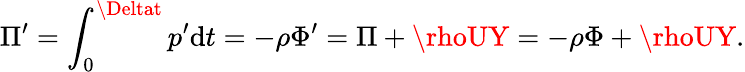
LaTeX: \Pi^{\prime}=\int_{0}^{\Deltat}p^{\prime}\mathrm{d}t=-\rho\Phi^{\prime}=\Pi+\rhoUY=-\rho\Phi+\rhoUY.